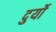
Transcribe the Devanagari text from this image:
दुर्यो